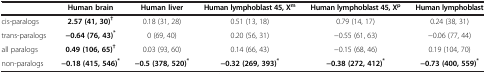
<table><thead><tr><td><b> </b></td><td><b>Human brain</b></td><td><b>Human liver</b></td><td><b>Human lymphoblast 45, X<sup>m</sup></b></td><td><b>Human lymphoblast 45, X<sup>p</sup></b></td><td><b>Human lymphoblast</b></td></tr></thead><tbody><tr><td>cis-paralogs</td><td><b>2.57 (41, 30)</b><sup><b>†</b></sup></td><td>0.18 (31, 28)</td><td>0.51 (13, 18)</td><td>0.79 (14, 17)</td><td>0.24 (38, 31)</td></tr><tr><td>trans-paralogs</td><td><b>−0.64 (76, 43)</b><sup><b>*</b></sup></td><td>0 (69, 40)</td><td>0.20 (56, 31)</td><td>−0.55 (61, 63)</td><td>−0.06 (77, 44)</td></tr><tr><td>all paralogs</td><td><b>0.49 (106, 65)</b><sup><b>†</b></sup></td><td>0.03 (93, 60)</td><td>0.14 (66, 43)</td><td>−0.15 (68, 46)</td><td>0.19 (104, 70)</td></tr><tr><td>non-paralogs</td><td><b>−0.18 (415, 546)</b><sup><b>*</b></sup></td><td><b>−0.5 (378, 520)</b><sup><b>*</b></sup></td><td><b>−0.32 (269, 393)</b><sup><b>*</b></sup></td><td><b>−0.38 (272, 412)</b><sup><b>*</b></sup></td><td><b>−0.73 (400, 559)</b><sup><b>*</b></sup></td></tr></tbody></table>